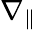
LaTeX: \nabla_{\| }